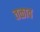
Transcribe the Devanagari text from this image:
तळाव